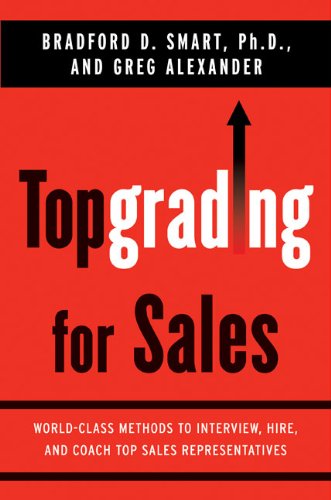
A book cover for Topgrading for Sales: World-Class Methods to Interview, Hire, and Coach Top SalesRepresentatives; Bradford D. Smart Ph.D.; Business & Money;